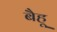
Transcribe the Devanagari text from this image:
बैहू